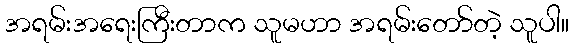
အရမ်းအရေးကြီးတာက သူမဟာ အရမ်းတော်တဲ့ သူပါ။